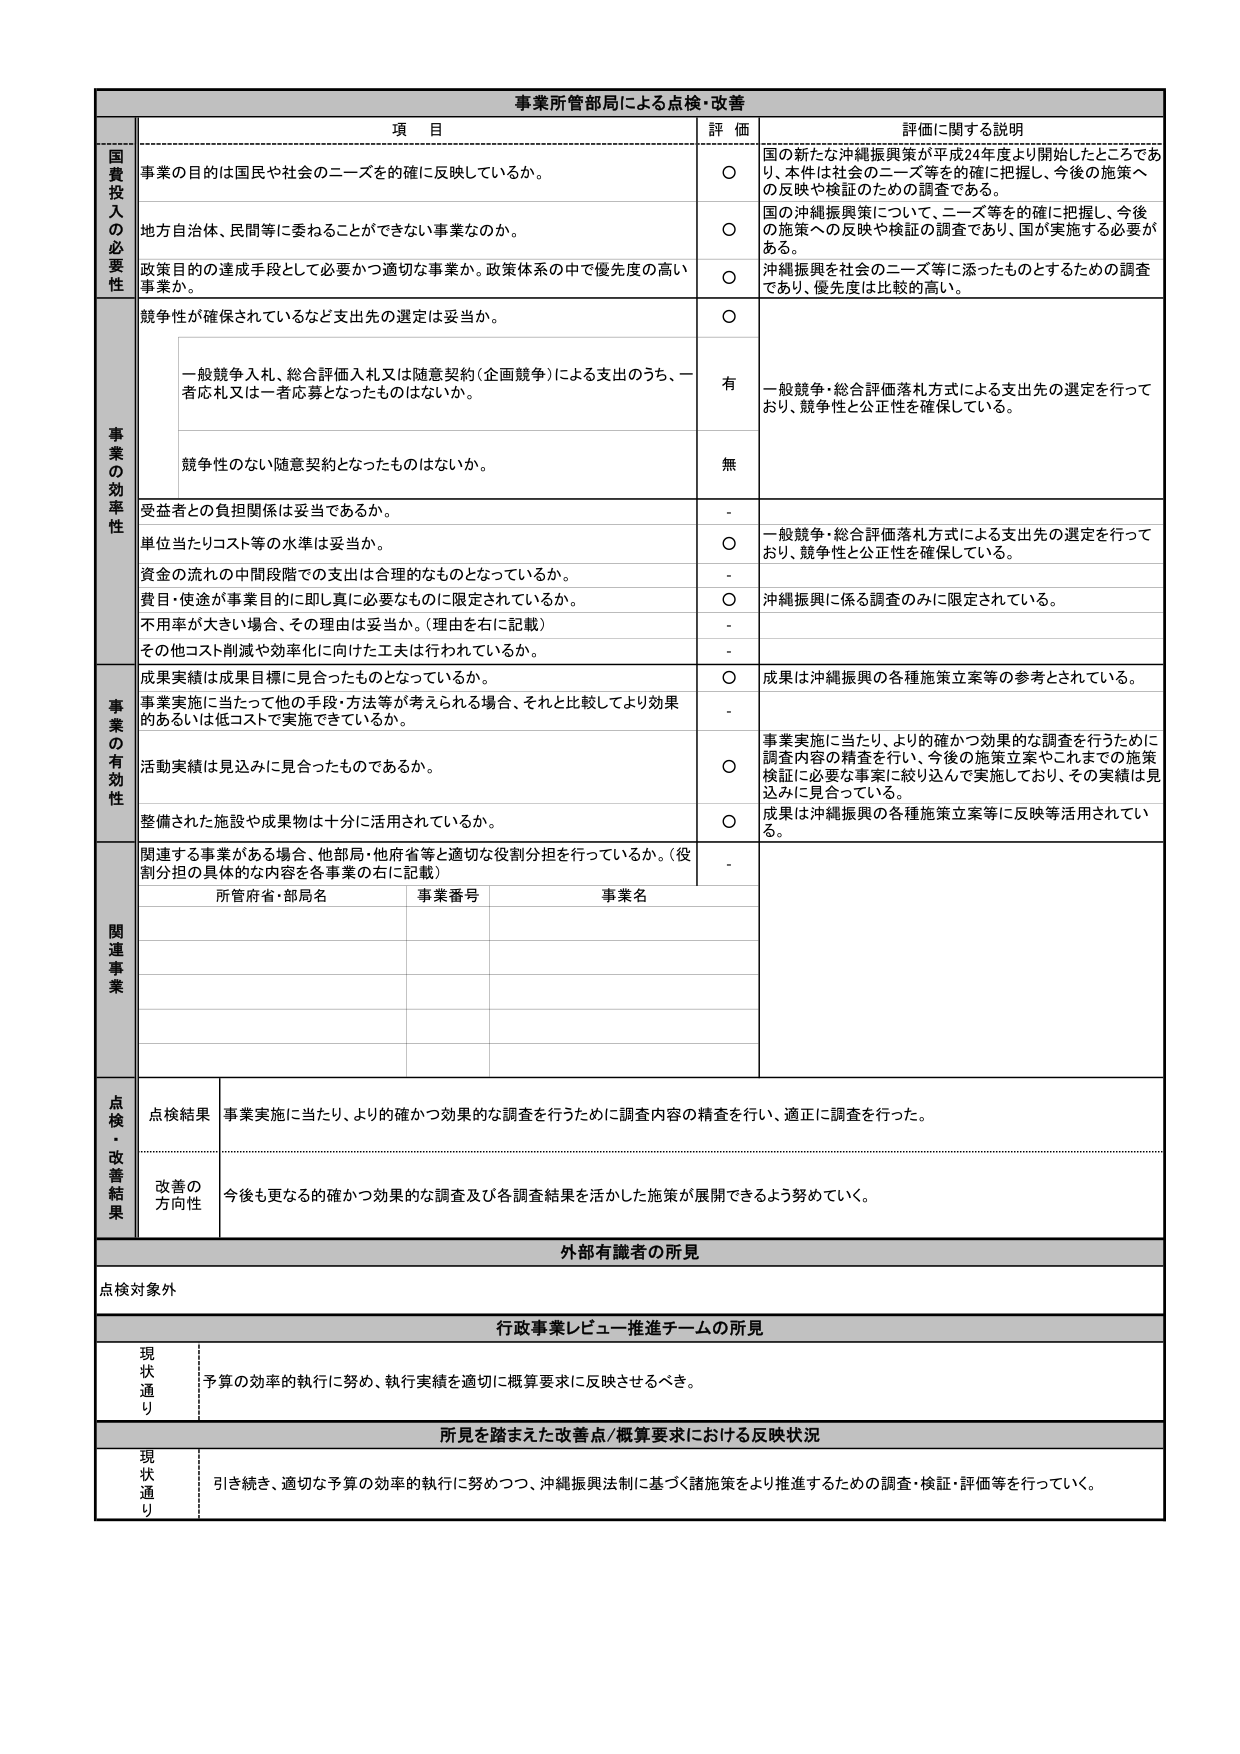
事業所管部局による点検・改善

項 目 評 価 評価に関する説明

国費投入の必要性
事業の目的は国民や社会のニーズを的確に反映しているか。
○ 国の新たな沖縄振興策が平成24年度より開始したところであり、本件は社会のニーズ等を的確に把握し、今後の施策への反映や検証のための調査である。
地方自治体、民間等に委ねることができない事業なのか。
○ 国の沖縄振興策について、ニーズ等を的確に把握し、今後の施策への反映や検証の調査であり、国が実施する必要がある。
政策目的の達成手段として必要かつ適切な事業か。政策体系の中で優先度の高い事業か。
○ 沖縄振興を社会のニーズ等に添ったものとするための調査であり、優先度は比較的高い。

事業の効率性
競争性が確保されているなど支出先の選定は妥当か。
○
一般競争入札、総合評価入札又は随意契約（企画競争）による支出のうち、一者応札又は一者応募となったものはないか。
有 一般競争・総合評価落札方式による支出先の選定を行っており、競争性と公正性を確保している。
競争性のない随意契約となったものはないか。
無
受益者との負担関係は妥当であるか。
- 一般競争・総合評価落札方式による支出先の選定を行っており、競争性と公正性を確保している。
単位当たりコスト等の水準は妥当か。
○
資金の流れの中間段階での支出は合理的なものとなっているか。
-
費目・使途が事業目的に即し真に必要なものに限定されているか。
○ 沖縄振興に係る調査のみに限定されている。
不用率が大きい場合、その理由は妥当か。（理由を右に記載）
-
その他コスト削減や効率化に向けた工夫は行われているか。
-

事業の有効性
成果実績は成果目標に見合ったものとなっているか。
○ 成果は沖縄振興の各種施策立案等の参考とされている。
事業実施に当たって他の手段・方法等が考えられる場合、それと比較してより効果のあるいは低コストで実施できているか。
-
活動実績は見込みに見合ったものであるか。
○ 事業実施に当たり、より的確かつ効果的な調査を行うために調査内容の精査を行い、今後の施策立案やこれまでの施策検証に必要な事案に絞り込んで実施しており、その実績は見込みに見合っている。
整備された施設や成果物は十分に活用されているか。
○ 成果は沖縄振興の各種施策立案等に反映等活用されている。

関連事業
関連する事業がある場合、他部局・他府省等と適切な役割分担を行っているか。（役割分担の具体的な内容を各事業の右に記載）
-
所管府省・部局名 事業番号 事業名

点検・改善結果
点検結果 事業実施に当たり、より的確かつ効果的な調査を行うために調査内容の精査を行い、適正に調査を行った。
改善の方向性 今後も更なる的確かつ効果的な調査及び各調査結果を活かした施策が展開できるよう努めていく。

外部有識者の所見
点検対象外

行政事業レビュー推進チームの所見
現状通り 予算の効率的執行に努め、執行実績を適切に概算要求に反映させるべき。

所見を踏まえた改善点/概算要求における反映状況
現状通り 引き続き、適切な予算の効率的執行に努めつつ、沖縄振興法制に基づく諸施策をより推進するための調査・検証・評価等を行っていく。